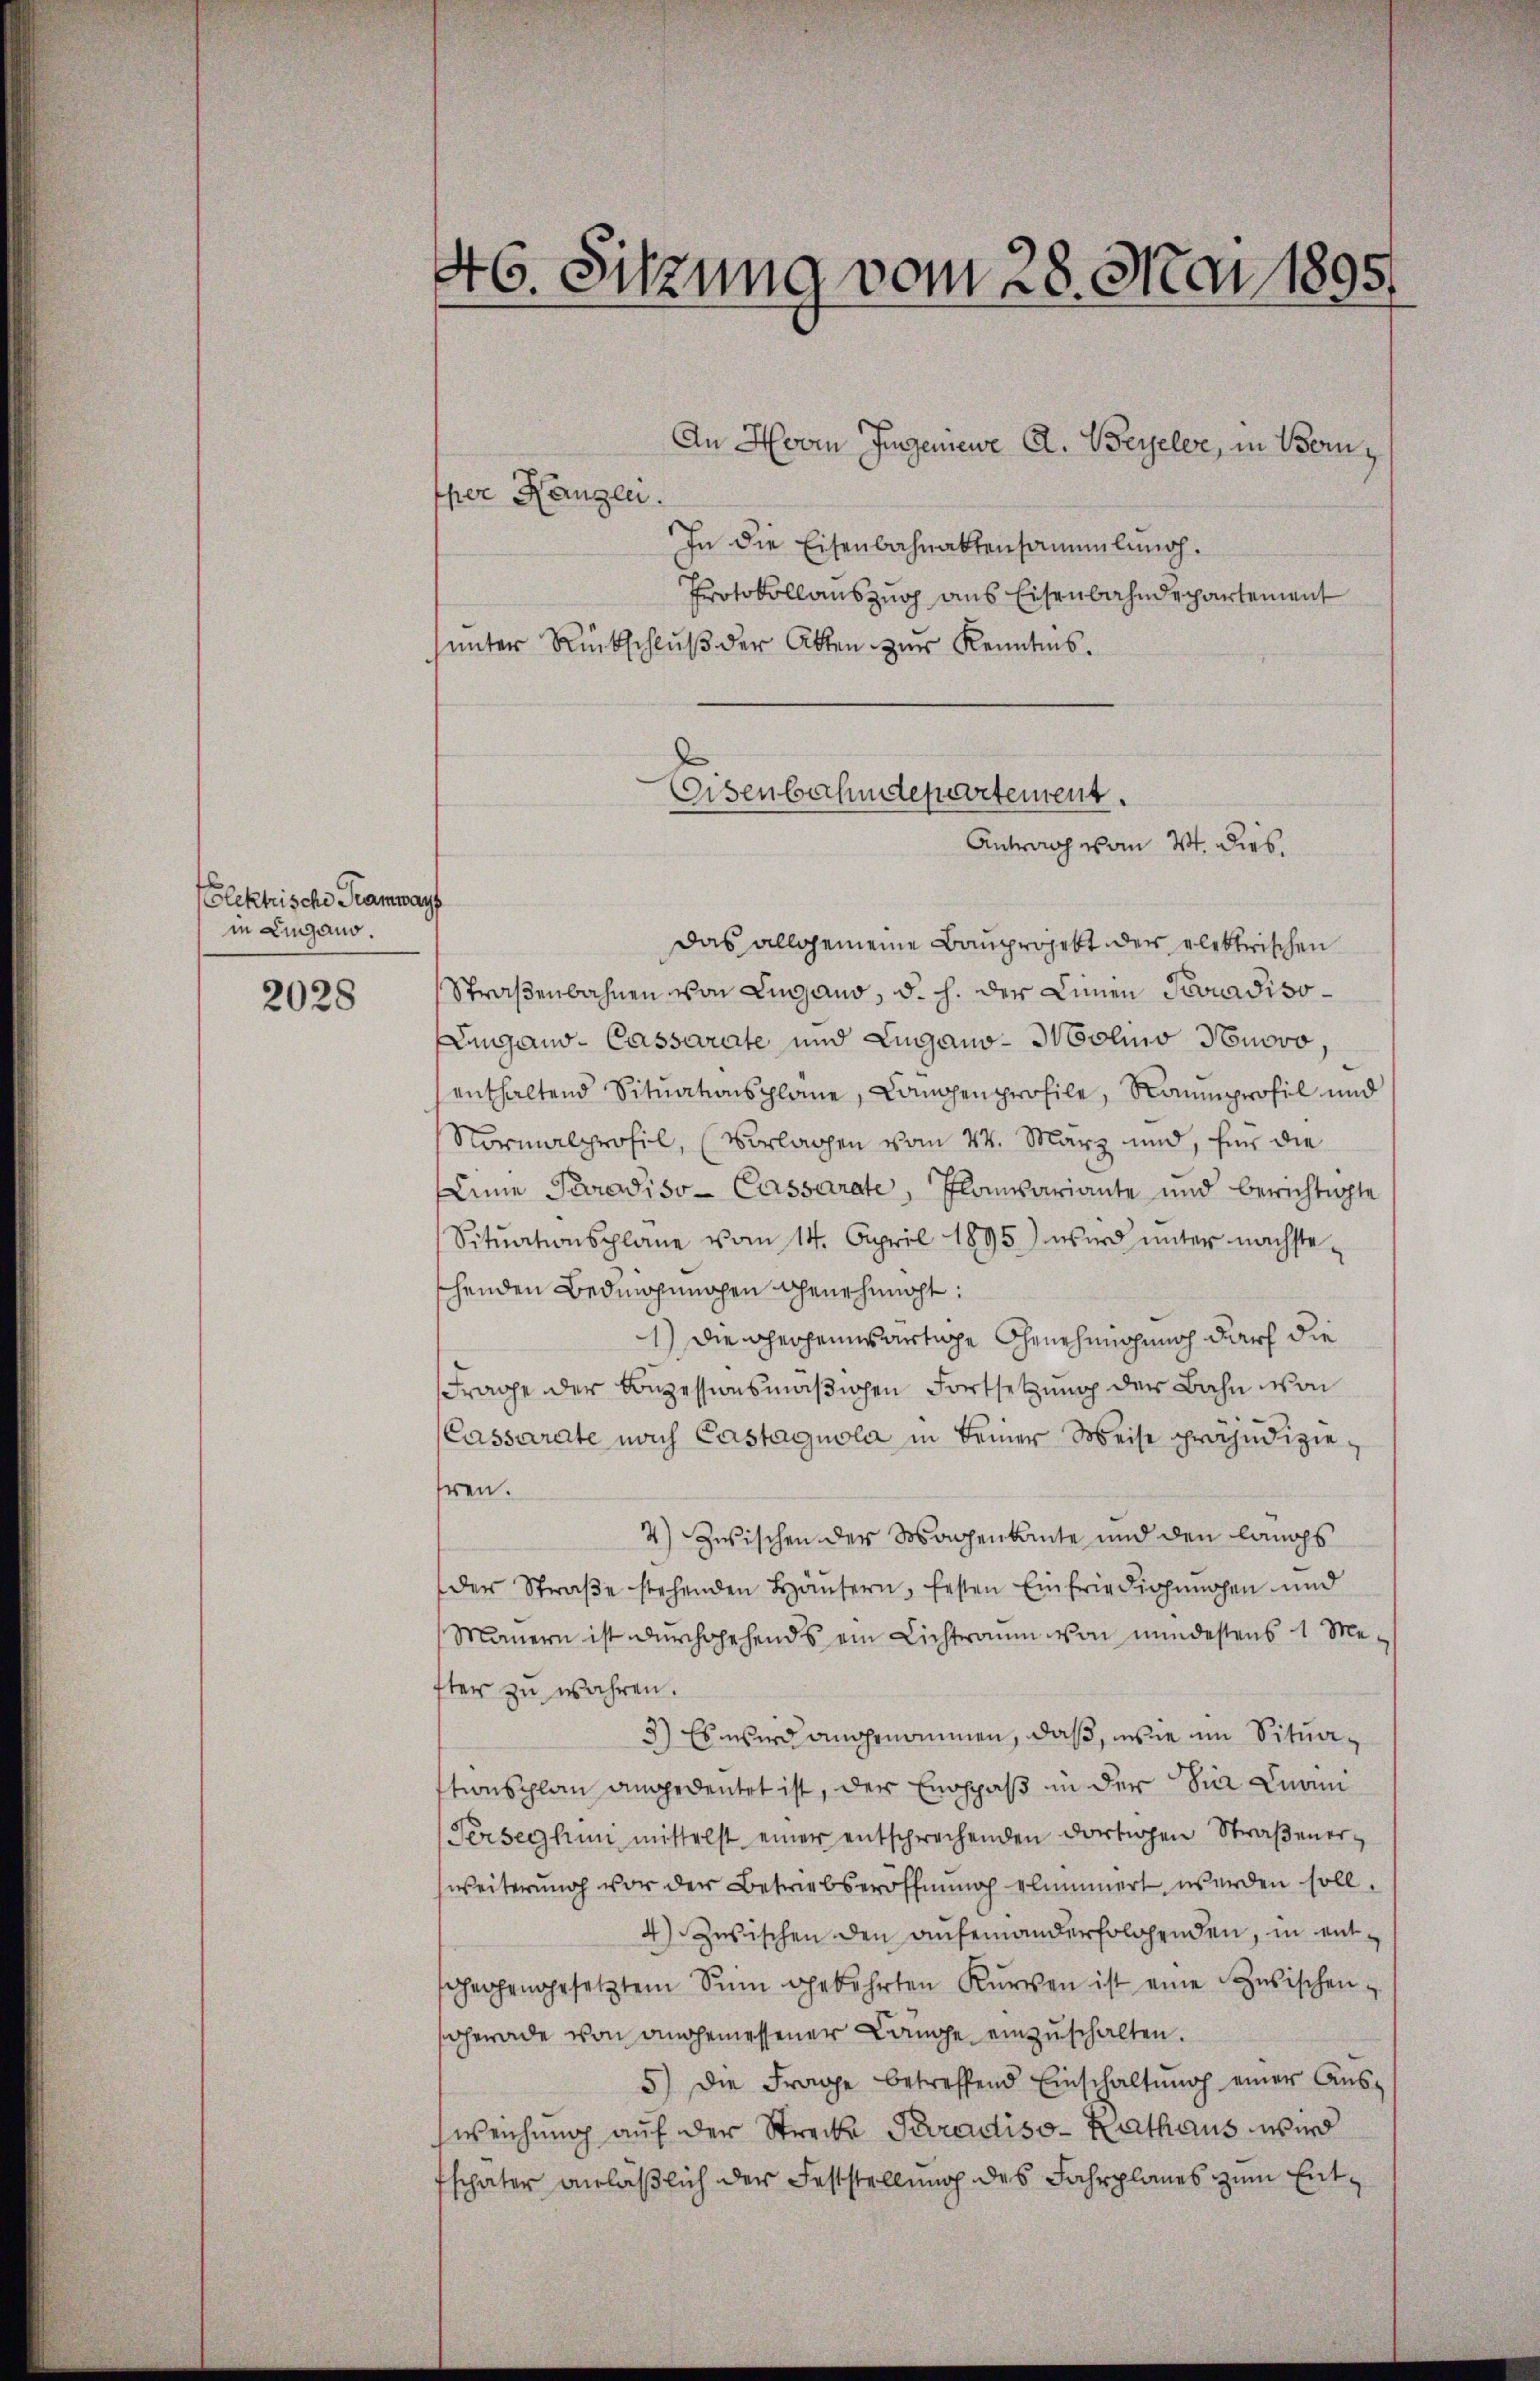
Elektrische Tramways
in Lugano.

2028

46. Sitzung vom 28. Mai 1895.

An Hvor Jugeniewe A. Beyeler, in Bern
Eper Hanglei
In die Eisenbahnaktensammlung.
Protokollauszug aus Eisenbahndepartement
unter Rückschluß der Akten zur Kenntnis.

Eisenbahndepartement.
Antrag vom 4t. Dieb.

Das allgemeine Bauprojekt der elektrischen
Straßenbahnen von Lugano, d. h. der Linien Poradiso¬
Lugano-Cassarate und Lugano-Molino Huovo,
enthaltend Situationsplane, Langenprofile, Raumprofil und
Normalprofil, (Vorlagen vom 24. März und, für die
Anna Paradiso- Cassarate, Planvariante und berichtigte
Sitŭationsplane vom 14. April 1895) wird ŭnter nächste-
henden Bedingunohen Genehmigt:
1.) Die cherheimwärtige Genehmigung darf die
Frage der Bezessionsmäßigen Fortsetzung der Bahn von
Cassarate nach Castagnola in keiner Weise präjudiziehren.
4) Zwischen der Magenkante und den längs
der Straβe stehenden Häŭsern, festen Einfriedigungen und
Mauern ist durchgehends ein Lichtraum von mindestens 1 Mefter zu wahren.
3) Es wird angenommen, daß, wie im Situationsplan angedeutet ist, der Endppaß in der die Knoni
Ferseghun mittelst einer entsprechenden dortigen Straβener-
weiterung vor der Betriebseröffnung elimmert werden soll.
4) Zwischen den anfeinanderfolgenden, in entsgegengesetztem Sinn gekehrten Kürzen ist eine Zusischen-
Gerade von angemessener Lange einzuschalten.
5) Die Frage betreffend Einschaltŭng einer Aŭs-
weichung auf der Strecke Paradiso- Kathaus wird
fschater anläßlich der Feststellung des Fahrplanes zum Ent¬